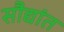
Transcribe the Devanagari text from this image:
सौद्यांत